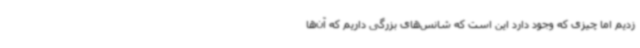
زدیم اما چیزی که وجود دارد این است که شانس‌های بزرگی داریم که آن‌ها